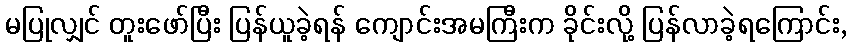
မပြုလျှင် တူးဖော်ပြီး ပြန်ယူခဲ့ရန် ကျောင်းအမကြီးက ခိုင်းလို့ ပြန်လာခဲ့ရကြောင်း,